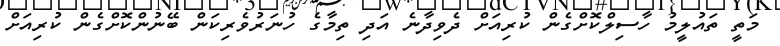
މަތީ ތައުލީމު ހާސިލްކޮށްގެން ކުރިއަށް ދެވިދާނެ އަދި ތިމާގެ ހުނަރުވެރިކަން ބޭނުންކޮށްގެން ކުރިއަށް